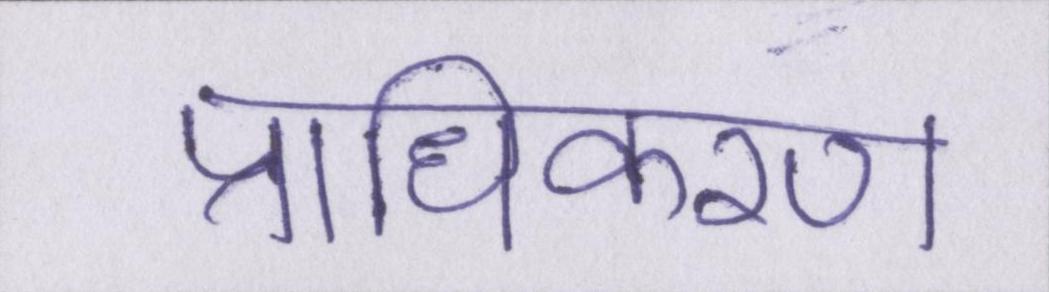
प्राधिकरण